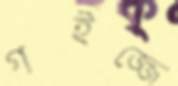
গইজ্জে